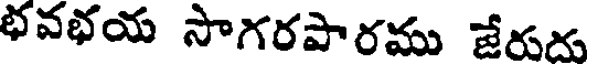
భవభయ సాగరపారము జేరుదు